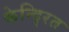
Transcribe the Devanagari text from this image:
केन्दि्रत